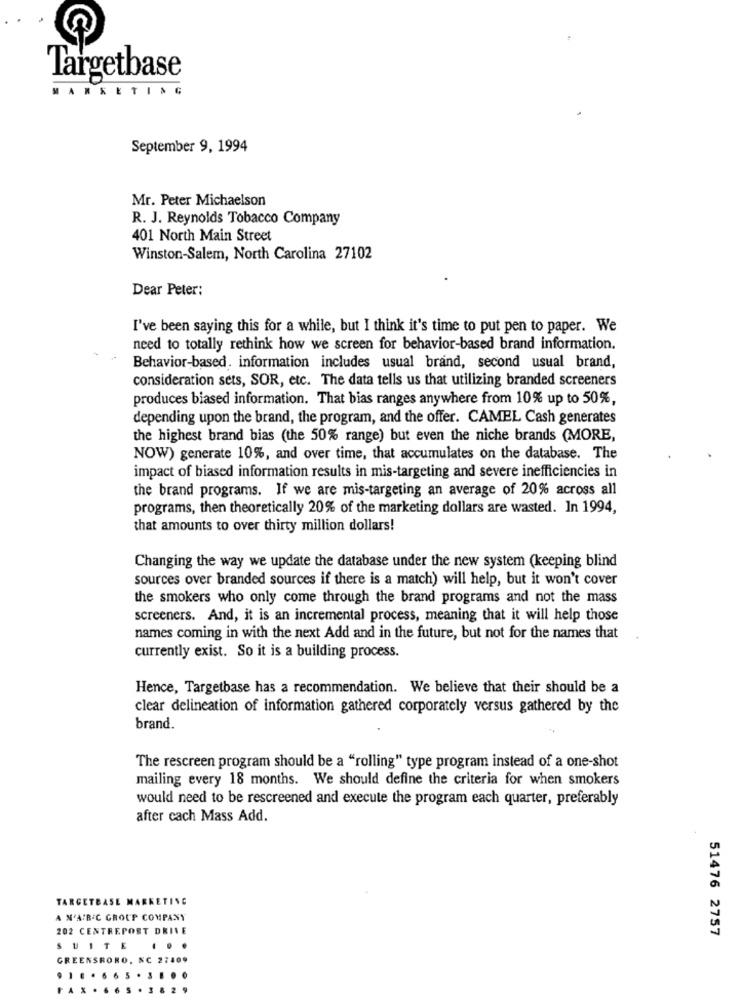
Targetbase
MARKETING
September 9, 1994
Mr. Peter Michaelson
R. J. Reynolds Tobacco Company
401 North Main Street
Winston-Salem, North Carolina 27102
Dear Peter:
I've been saying this for a while, but I think it's time to put pen to paper. We
need to totally rethink how we screen for behavior-based brand information.
Behavior-based. information includes usual brand, second usual brand,
consideration sets, SOR, etc. The data tells us that utilizing branded screeners
produces biased information. That bias ranges anywhere from 10% up to 50%,
depending upon the brand, the program, and the offer. CAMEL Cash generates
the highest brand bias (the 50% range) but even the niche brands (MORE,
NOW) generate 10%, and over time, that accumulates on the database. The
impact of biased information results in mis-targeting and severe inefficiencies in
the brand programs. If we are mis-targeting an average of 20% across all
programs, then theoretically 20% of the marketing dollars are wasted. In 1994,
that amounts to over thirty million dollars!
Changing the way we update the database under the new system (keeping blind
sources over branded sources if there is a match) will help, but it won't cover
the smokers who only come through the brand programs and not the mass
screeners. And, it is an incremental process, meaning that it will help those
names coming in with the next Add and in the future, but not for the names that
currently exist. So it is a building process.
Hence, Targetbase has a recommendation. We believe that their should be a
clear delineation of information gathered corporately versus gathered by the
brand.
The rescreen program should be a "rolling" type program instead of a one-shot
mailing every 18 months. We should define the criteria for when smokers
would need to be rescreened and execute the program each quarter, preferably
after cach Mass Add.
TARGETBASE MARKETING
A N'AIRIC GROUP COMPANY
202 CENTREPOST DRIVE
51476 2757
SUITE
. ..
GREENSROKO, NC 27409